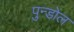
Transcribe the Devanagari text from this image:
पुन्डोल